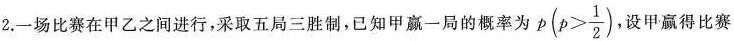
2.一场比赛在甲乙之间进行，采取五局三胜制，已知甲赢一局的概率为$$p(p> \frac{1}{2})$$, 设甲赢得比赛